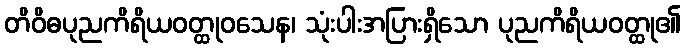
တိဝိဓပုညကိရိယဝတ္ထုဝသေန၊ သုံးပါးအပြားရှိသော ပုညကိရိယဝတ္ထု၏